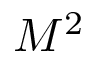
M ^ { 2 }